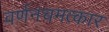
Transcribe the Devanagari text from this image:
वर्णनचमत्कार